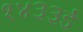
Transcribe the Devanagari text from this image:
१४३३ई